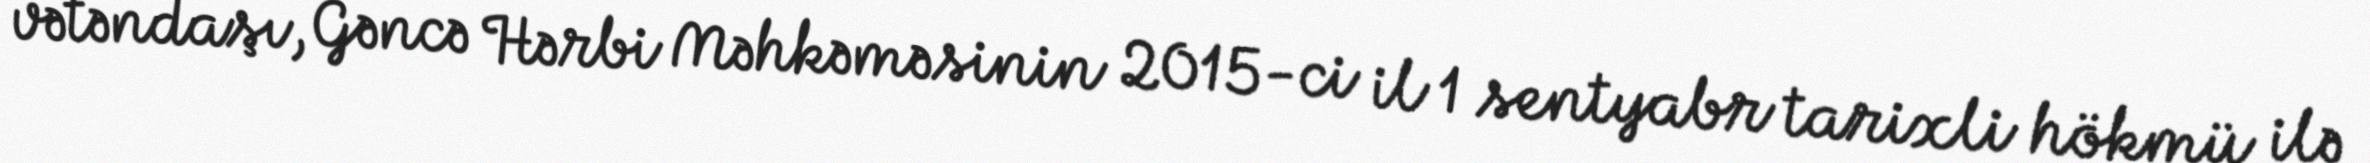
vətəndaşı, Gəncə Hərbi Məhkəməsinin 2015-ci il 1 sentyabr tarixli hökmü ilə